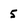
Character: 5